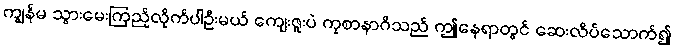
ကျွန်မ သွားမေးကြည့်လိုက်ပါဦးမယ် ကျေးဇူးပဲ ကုစာနာဂိသည် ဤနေရာတွင် ဆေးလိပ်သောက်၍